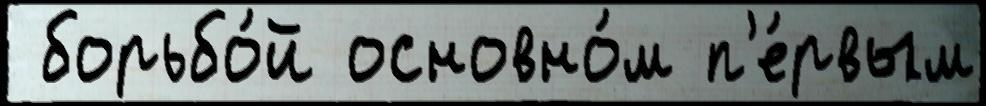
 борьбо́й основно́м п'е́рвым